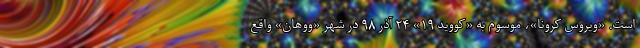
است. «ویروس کرونا»، موسوم به «کووید ۱۹» ۲۴ آذر ۹۸ در شهر «ووهان» واقع